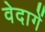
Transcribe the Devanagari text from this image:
वेदागें